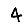
Digit: 4